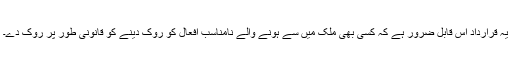
یہ قرارداد اس قابل ضرور ہے کہ کسی بھی ملک میں سے ہونے والے نامناسب افعال کو روک دینے کو قانونی طور پر روک دے۔